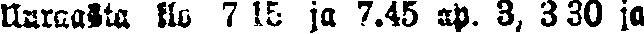
Uuraasta klo 7 15 ja 7.45 ap. 3, 330 ja